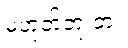
မဟုတ်ဘူးတဲ့။